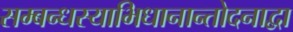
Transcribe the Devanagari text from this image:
सम्बन्धस्याभिधानान्तोदनाद्वा